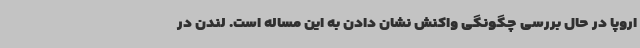
اروپا در حال بررسی چگونگی واکنش نشان دادن به این مساله است. لندن در